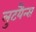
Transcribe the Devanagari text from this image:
लुटयैन्स